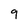
Character: 9